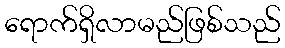
ရောက်ရှိလာမည်ဖြစ်သည်